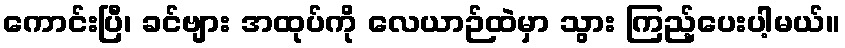
ကောင်းပြီ၊ ခင်ဗျား အထုပ်ကို လေယာဉ်ထဲမှာ သွား ကြည့်ပေးပါ့မယ်။